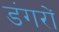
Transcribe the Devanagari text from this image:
डंगरों